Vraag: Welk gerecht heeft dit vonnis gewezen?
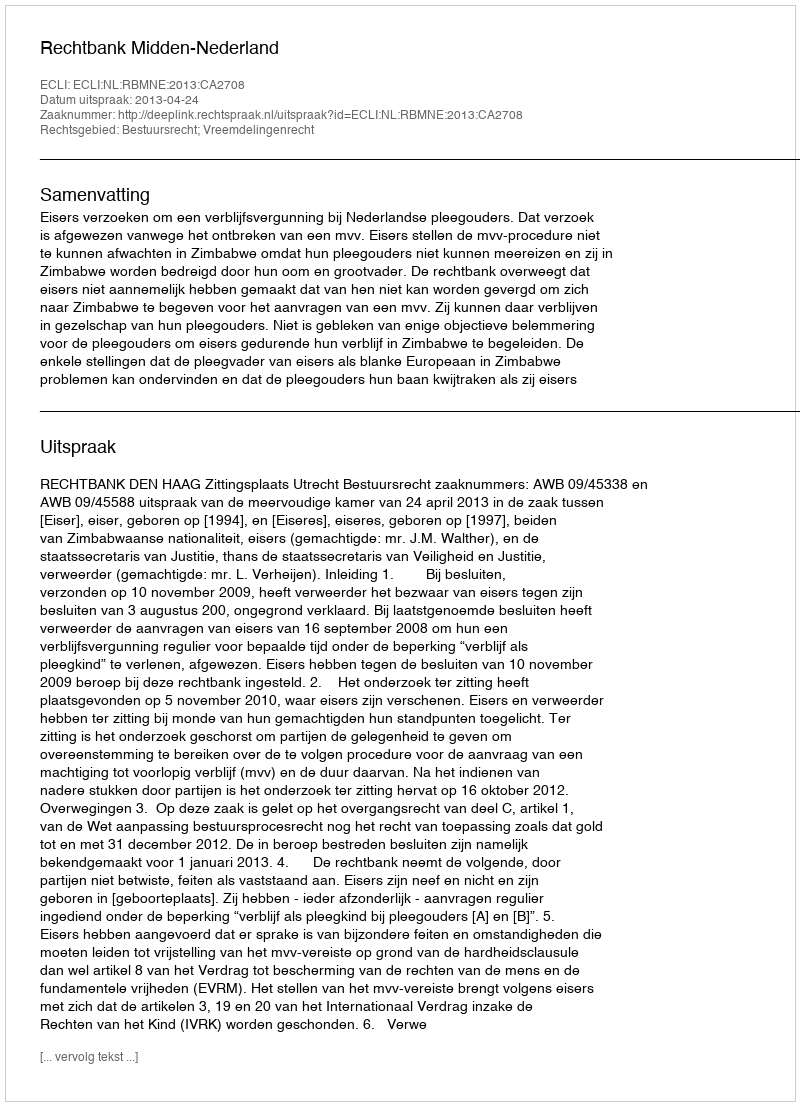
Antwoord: Rechtbank Midden-Nederland